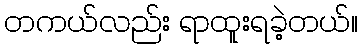
တကယ်လည်း ရာထူးရခဲ့တယ်။